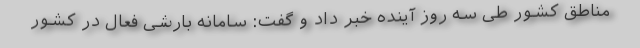
مناطق کشور طی سه روز آینده خبر داد و گفت: سامانه بارشی فعال در کشور